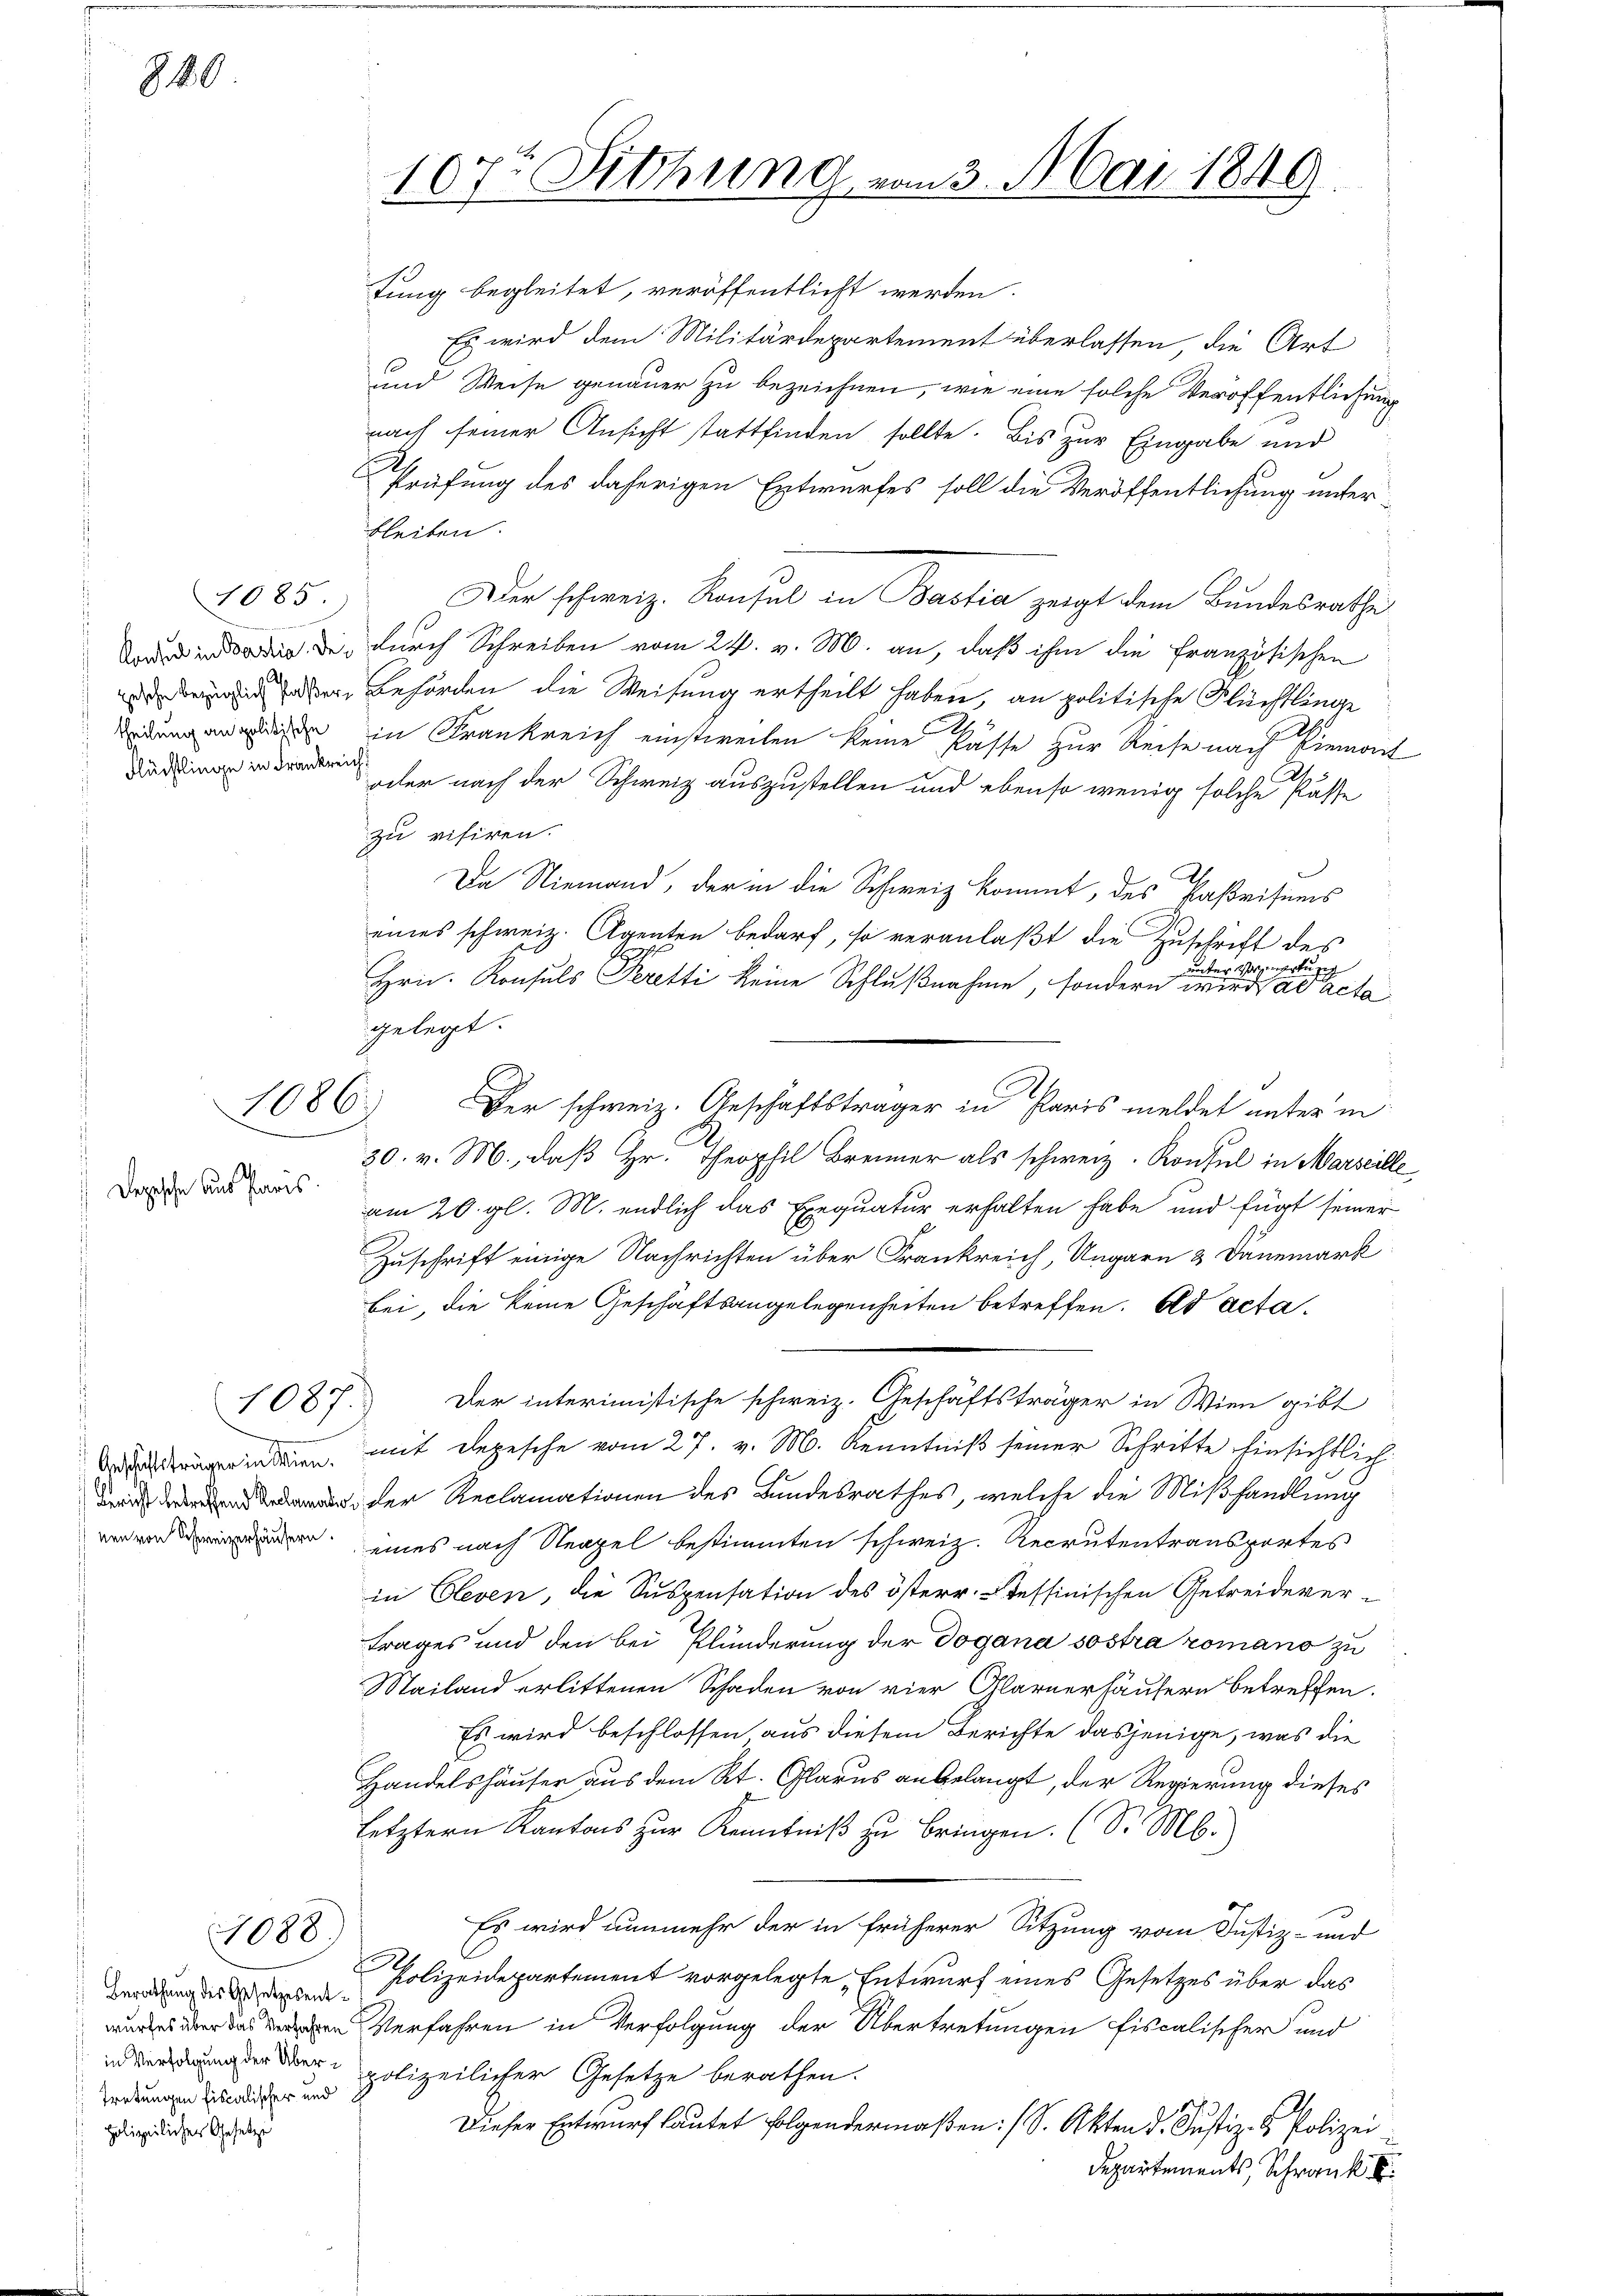
820

1085
theilung an politische
Flüchtlinge in Frankreich,

1086.

Depesche Aus Paris.

1087.

1088.

Berathung des Gesetzesentin Verfolgung der Über¬
Tretungen fiscalischer und
polizeilicher Gesetze

tung begleitet, veröffentlicht werden.
Es wird dem Militärdepartement überlassen, die Art
und Weise genauer zu bezeichnen, wie eine solche Veröffentlichung
nach seiner Ansicht stattfinden sollte. Bis zur Eingabe und

107. Sitzung von 3. Mai 1849

Prüfung des daherigen Entwurfes soll die Veröffentlichung unterbleiben.
Der schweiz. Konsul in Bastia zeigt dem Bundesrathes
d in der der durch Schreiben vom 24. v. M. an, daß ihm die französischen
 oder Behörden die Weisung ertheilt haben, an politische Flüchtlinge
in Frankreich einstweilen keine Pässe zur Reise nach Kieman
oder nach der Schweiz auszustellen und ebenso wenig solche Pässe
zu visiren.
Da Niemand, der in die Schweiz kommt, des Paßvisums
eines schweiz. Agenten bedarf, so veranlaßt die Zuschrift des
unterwartung
Hrn. Konsuls Peretti keine Schlußnahme, sondern wird ad acta
gelegt.
Der schweiz. Geschäftsträger in Paris meldet unter in
2
30. v. M., daß Hr. Theophil Brenner als schweiz. Konsul in Marseille
am 20. gl. M. endlich das Exequatur erhalten habe und fügt seiner
Zuschrift einige Nachrichten über Frankreich, Ungarn & Dannmark
bei, die keine Geschäftsangelegenheiten betreffen. Ad acta.
Der interimistische schweiz. Geschäftsträger in Wien gibt
ng in den mit depesche vom 27. v. M. Kenntniß seiner Schritte Einsichtlich
 der Reclamationen des Bundesrathes, welche die Mißhandlung
 eines nach Neapel bestimmten schweiz. Recrutentransportes
in Cleven, die Suspensation des österr. Tessinischen Getreidevertrages und den bei Plünderung der Dogana sostra romano zu
Mailand erlittenen Schaden von vier Glarnerhäusern betreffen.
Es wird beschlossen aus diesem Berichte dasjenige, was die
Handelshäuser aus dem Rt. Glarus anbelangt, der Regierung dieses
Letztern Kantons zur Kenntniß zu bringen. (S. M.
Es wird nunmehr der in früherer Sitzung vom Justiz- und
E
Polizeidepartement vorgelegte Entwurf eines Gesetzes über das
e Verfahren in Verfolgung der Übertretungen fiscalischer und
polizeilicher Gesetze berathen.
Dieser Entwurf lautet folgendermaßen: /S. Akten d. Justiz- & Polizei
Departements, Schrank k